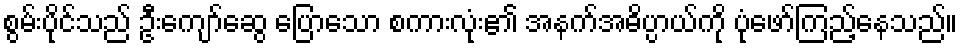
စွမ်းပိုင်သည် ဦးကျော်ဆွေ ပြောသော စကားလုံး၏ အနက်အဓိပ္ပာယ်ကို ပုံဖော်ကြည့်နေသည်။